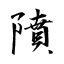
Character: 隫